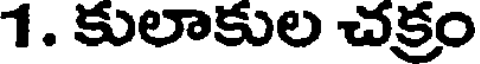
1. కులాకుల చక్రం